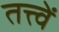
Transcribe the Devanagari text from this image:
तत्त्वें